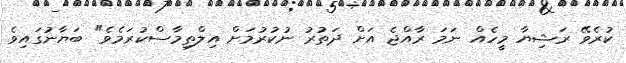
ކުރެވޭ ރަޝިޔާ މީހެއް ނަމަ ރާއްޖެ އަށް ދަތުރު ނުކުރުމަށް އިލްތިމާސްކުރަމެވެ" ބަޔާނުގައިވެ